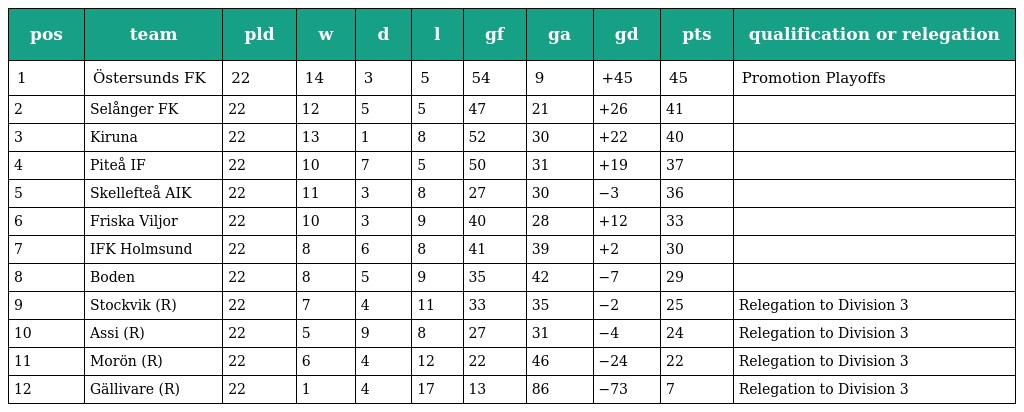
| pos | team | pld | w | d | l | gf | ga | gd | pts | qualification or relegation |
 | --- | --- | --- | --- | --- | --- | --- | --- | --- | --- | --- |
 | 1 | Östersunds FK | 22 | 14 | 3 | 5 | 54 | 9 | +45 | 45 | Promotion Playoffs |
 | 2 | Selånger FK | 22 | 12 | 5 | 5 | 47 | 21 | +26 | 41 |  |
 | 3 | Kiruna | 22 | 13 | 1 | 8 | 52 | 30 | +22 | 40 |  |
 | 4 | Piteå IF | 22 | 10 | 7 | 5 | 50 | 31 | +19 | 37 |  |
 | 5 | Skellefteå AIK | 22 | 11 | 3 | 8 | 27 | 30 | −3 | 36 |  |
 | 6 | Friska Viljor | 22 | 10 | 3 | 9 | 40 | 28 | +12 | 33 |  |
 | 7 | IFK Holmsund | 22 | 8 | 6 | 8 | 41 | 39 | +2 | 30 |  |
 | 8 | Boden | 22 | 8 | 5 | 9 | 35 | 42 | −7 | 29 |  |
 | 9 | Stockvik (R) | 22 | 7 | 4 | 11 | 33 | 35 | −2 | 25 | Relegation to Division 3 |
 | 10 | Assi (R) | 22 | 5 | 9 | 8 | 27 | 31 | −4 | 24 | Relegation to Division 3 |
 | 11 | Morön (R) | 22 | 6 | 4 | 12 | 22 | 46 | −24 | 22 | Relegation to Division 3 |
 | 12 | Gällivare (R) | 22 | 1 | 4 | 17 | 13 | 86 | −73 | 7 | Relegation to Division 3 |